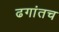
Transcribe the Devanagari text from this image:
ढगांतच